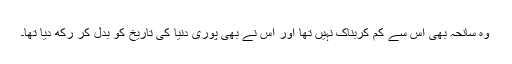
وہ سانحہ بھی اس سے کم کربناک نہیں تھا اور اس نے بھی پوری دنیا کی تاریخ کو بدل کر رکھ دیا تھا۔